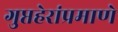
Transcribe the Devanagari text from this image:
गुप्तहेरांप्रमाणे